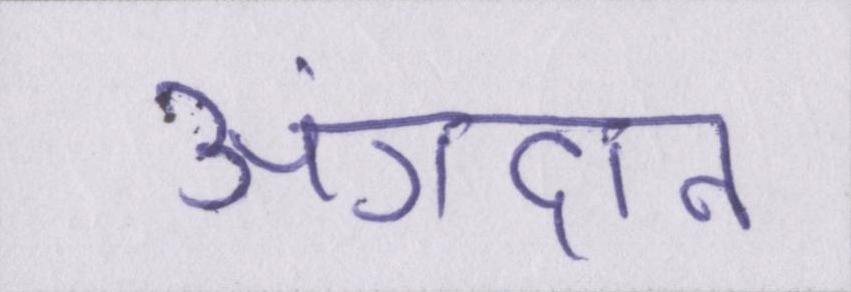
अंगदान